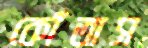
কোঁতাস